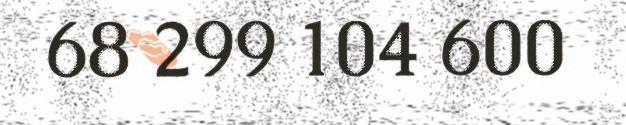
68 299 104 600